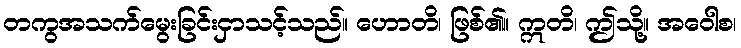
တကွအသက်မွေးခြင်းငှာသင့်သည်။ ဟောတိ၊ ဖြစ်၏။ ဣတိ၊ ဤသို့။ အဝေါစ၊